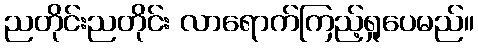
ညတိုင်းညတိုင်း လာရောက်ကြည့်ရှုပေမည်။